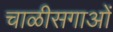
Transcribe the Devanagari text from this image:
चाळीसगाओं